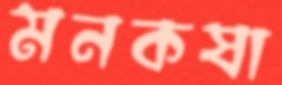
মনকষা